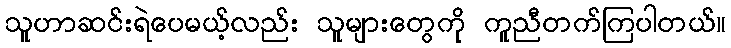
သူဟာဆင်းရဲပေမယ့်လည်း သူများတွေကို ကူညီတက်ကြပါတယ်။